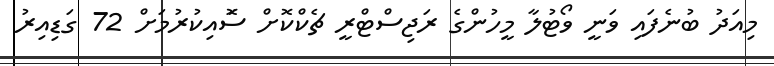
މިއަދު ބުނެފައި ވަނީ ވޯޓުލާ މީހުންގެ ރަޖިސްޓްރީ ޗެކްކޮށް ސޮައިކުރުމަށް 72 ގަޑިއިރު